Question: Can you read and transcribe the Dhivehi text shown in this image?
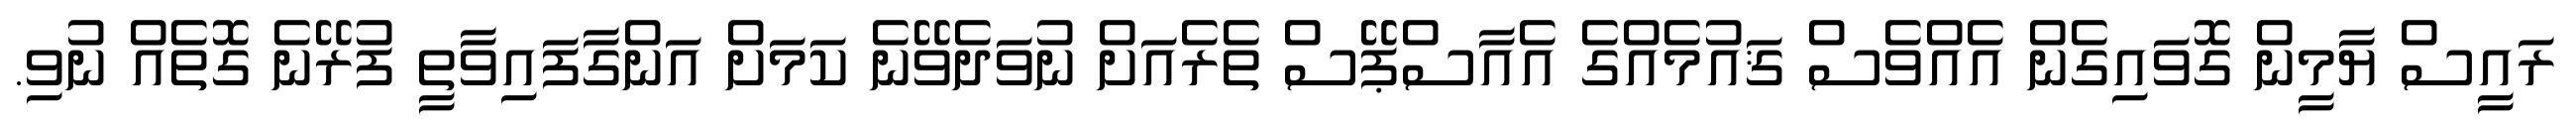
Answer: ރައީސް ޔާމީން ގޮވައިގެން އެއްވެސް ޤައުމެއްގެ އެއާސްޕޭސް ތެރެއަށް ނުވަދެވޭނެ ކަމަށް އަންގާފައިވާތީ ފުރޭނެ ގޮތެއް ނުވި.